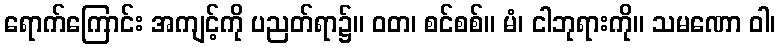
ရောက်ကြောင်း အကျင့်ကို ပညတ်ရာ၌။ ဝတ၊ စင်စစ်။ မံ၊ ငါဘုရားကို။ သမဏော ဝါ၊